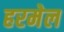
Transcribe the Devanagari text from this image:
हरमेल